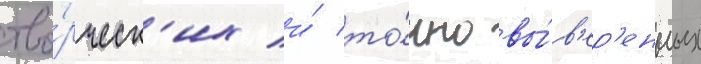
тво́рческ'их и́ то́чно вы́в'ер'енных